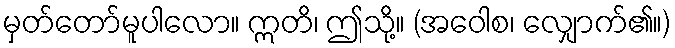
မှတ်တော်မူပါလော။ ဣတိ၊ ဤသို့။ (အဝေါစ၊ လျှောက်၏။)